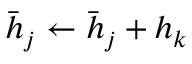
\bar { h } _ { j } \leftarrow \bar { h } _ { j } + h _ { k }